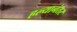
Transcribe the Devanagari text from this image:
हल्यानंतर